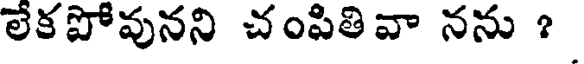
లేకపోవునని చంపితివా నను ?